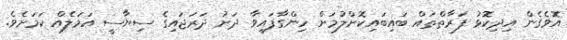
އޮވެގެން އިދިކޮޅު ފަރާތްތައް ބައިބައިކޮށްލުމަށް ހިންގާފައިވާ ދަށު ދަރަޖައިގެ ސިޔާސީ އަމަލެއް ކަމަށެވެ.